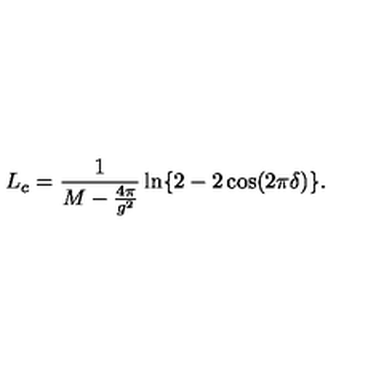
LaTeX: L _ { c } = \frac { 1 } { M - \frac { 4 \pi } { g ^ { 2 } } } \ln \{ 2 - 2 \cos ( 2 \pi \delta ) \} .